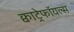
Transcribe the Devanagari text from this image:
क्वाट्रेफॉयल्स